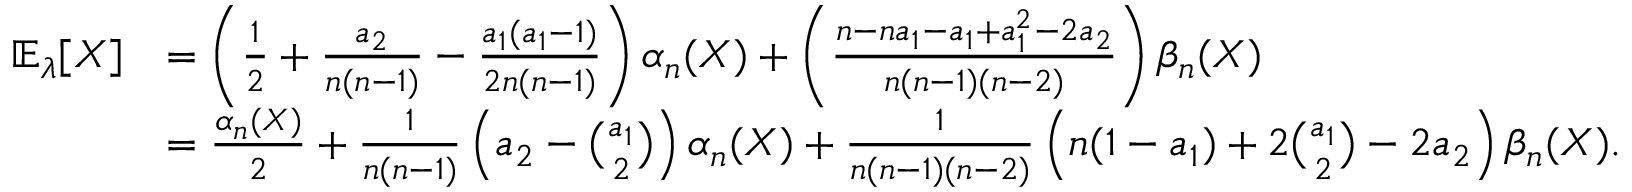
\begin{array} { r l } { \mathbb { E } _ { \lambda } [ X ] } & { = \left( \frac { 1 } { 2 } + \frac { a _ { 2 } } { n ( n - 1 ) } - \frac { a _ { 1 } ( a _ { 1 } - 1 ) } { 2 n ( n - 1 ) } \right) \alpha _ { n } ( X ) + \left( \frac { n - n a _ { 1 } - a _ { 1 } + a _ { 1 } ^ { 2 } - 2 a _ { 2 } } { n ( n - 1 ) ( n - 2 ) } \right) \beta _ { n } ( X ) } \\ & { = \frac { \alpha _ { n } ( X ) } { 2 } + \frac { 1 } { n ( n - 1 ) } \left( a _ { 2 } - \binom { a _ { 1 } } { 2 } \right) \alpha _ { n } ( X ) + \frac { 1 } { n ( n - 1 ) ( n - 2 ) } \left( n ( 1 - a _ { 1 } ) + 2 \binom { a _ { 1 } } { 2 } - 2 a _ { 2 } \right) \beta _ { n } ( X ) . } \end{array}